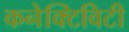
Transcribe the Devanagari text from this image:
कनेक्‍टिविटी